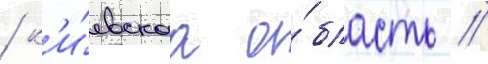
/ к'и́евскаа о́бласть /